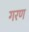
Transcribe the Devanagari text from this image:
गरण